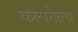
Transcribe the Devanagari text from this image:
कल्पनेतच